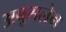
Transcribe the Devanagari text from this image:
अबूसलेम